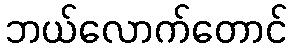
ဘယ်လောက်တောင်